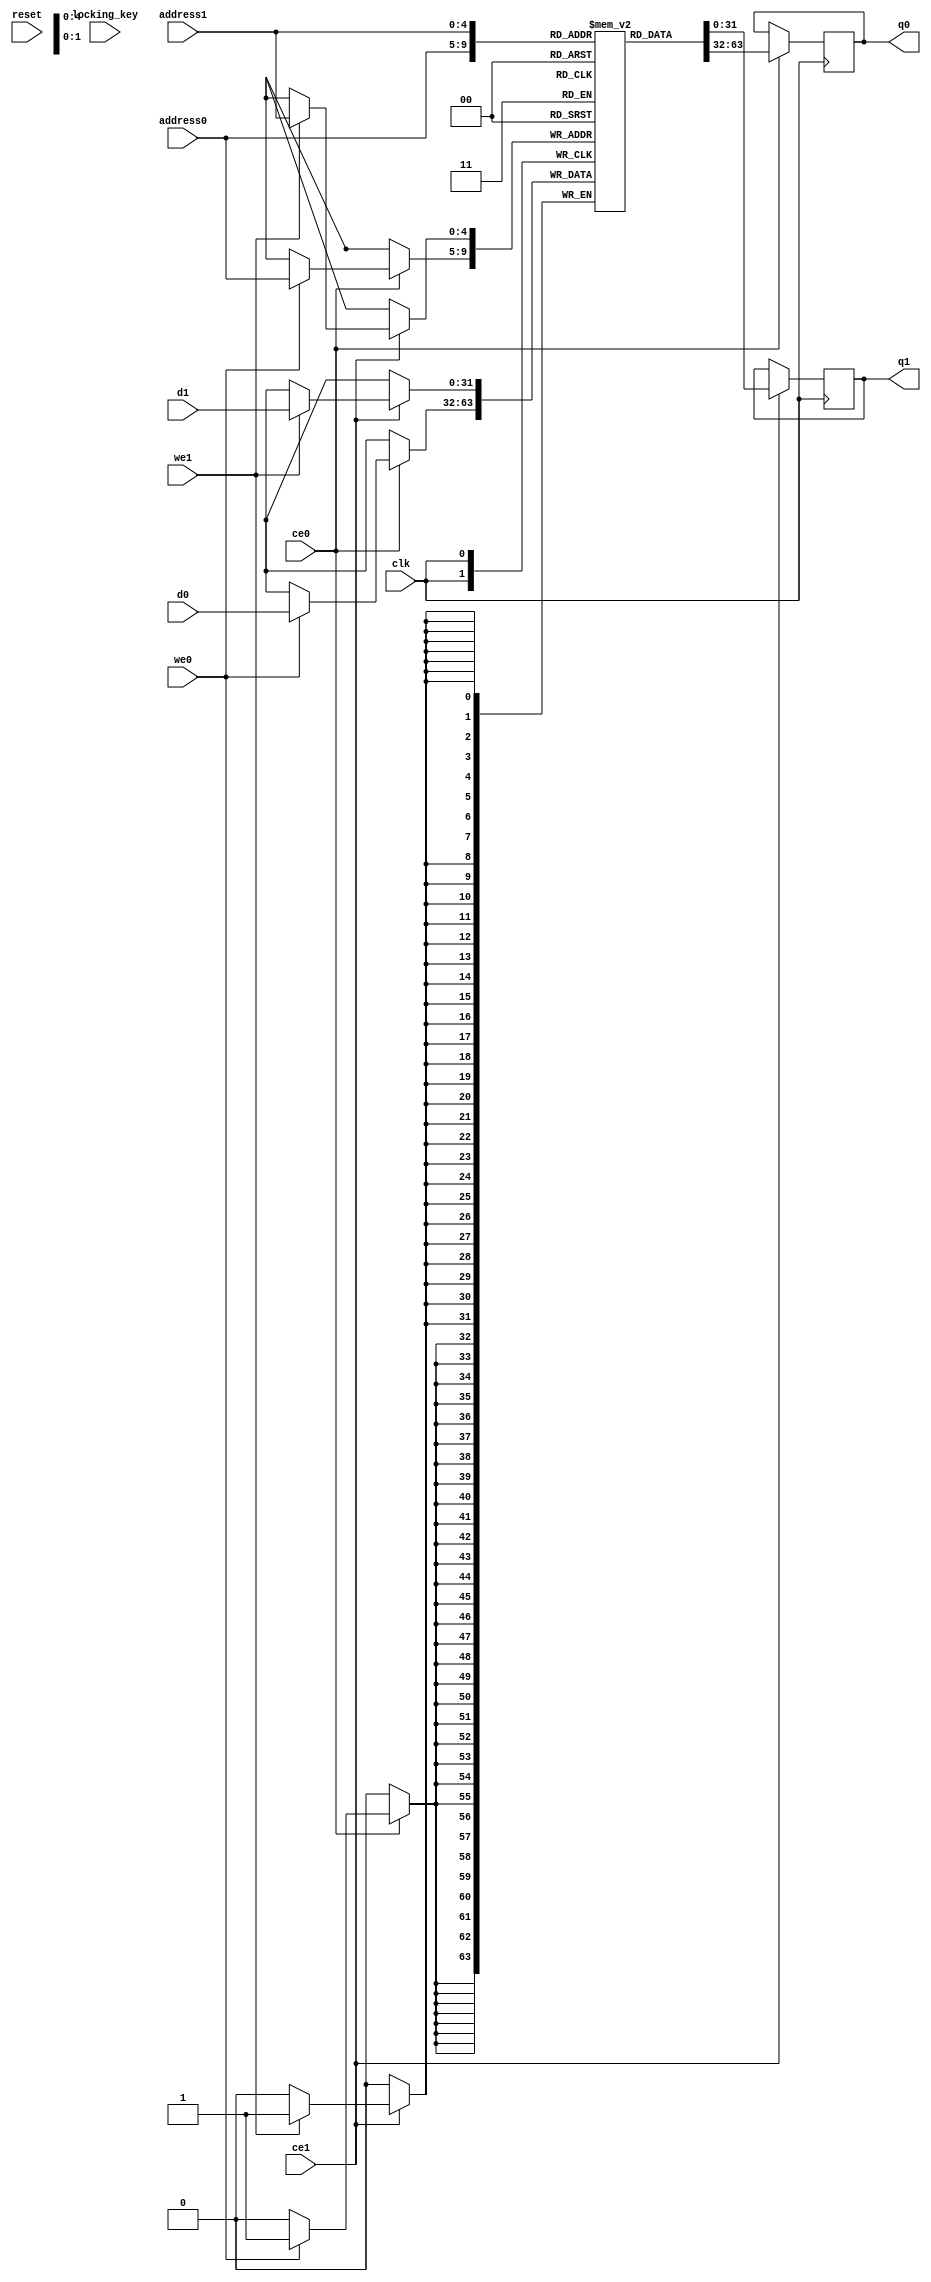
// ==============================================================
// Vitis HLS - High-Level Synthesis from C, C++ and OpenCL v2022.2 (64-bit)
// Version: 2022.2
// Copyright 1986-2022 Xilinx, Inc. All Rights Reserved.
// ==============================================================
`timescale 1 ns / 1 ps
module aes_main_aes_func_call_statemt_RAM_AUTO_1R1W (
     
    address0, ce0,
    d0, we0, 
    q0, 
      
    address1, ce1,
    d1, we1, 
    q1, 
     
    reset, clk,locking_key);

parameter DataWidth = 32;
parameter AddressWidth = 5;
parameter AddressRange = 32;
 
input[AddressWidth-1:0] address0;
input ce0;
input[DataWidth-1:0] d0;
input we0; 
output reg[DataWidth-1:0] q0; 
 
input[AddressWidth-1:0] address1;
input ce1;
input[DataWidth-1:0] d1;
input we1; 
output reg[DataWidth-1:0] q1; 

input reset;
input clk;

input[99:0] locking_key;
reg[199:0] new_locking_key;

always @ (locking_key)
    begin
        new_locking_key[99:0] = locking_key[99:0];
    end
always @ (locking_key)
    begin
        new_locking_key[199:100] = locking_key[99:0];
    end

(* ram_style = "auto"  *)reg [DataWidth-1:0] ram[0:AddressRange-1];


 





//read first
always @(posedge clk)  
begin 
    if (ce0) begin
        if (we0) 
            ram[address0] <= d0; 
        q0 <= ram[address0];

    end
end 
 
  





//read first
always @(posedge clk)  
begin 
    if (ce1) begin
        if (we1) 
            ram[address1] <= d1; 
        q1 <= ram[address1];

    end
end 
 
 
//assign new_locking_key[99:0]= locking_key[99:0];
//assign new_locking_key[199:100]=locking_key[99:0];
endmodule